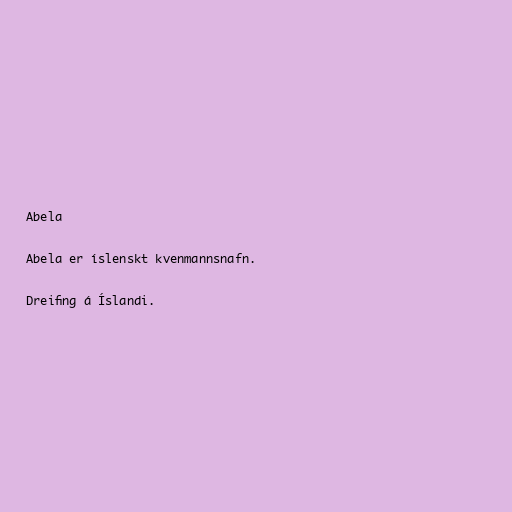
Abela

Abela er íslenskt kvenmannsnafn.

Dreifing á Íslandi.